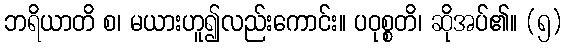
ဘရိယာတိ စ၊ မယားဟူ၍လည်းကောင်း။ ပဝုစ္စတိ၊ ဆိုအပ်၏။ (၅)